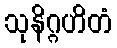
သုနိဂ္ဂဟိတံ